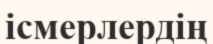
ісмерлердің